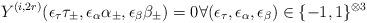
LaTeX: \begin{align*}Y^{(i,2r)}(\epsilon _{\tau }\tau _{\pm },\epsilon _{\alpha }\alpha _{\pm},\epsilon _{\beta }\beta _{\pm })=0\forall (\epsilon _{\tau},\epsilon _{\alpha },\epsilon _{\beta })\in \{-1,1\}^{\otimes 3}\end{align*}